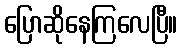
ပြောဆိုနေကြလေပြီ။